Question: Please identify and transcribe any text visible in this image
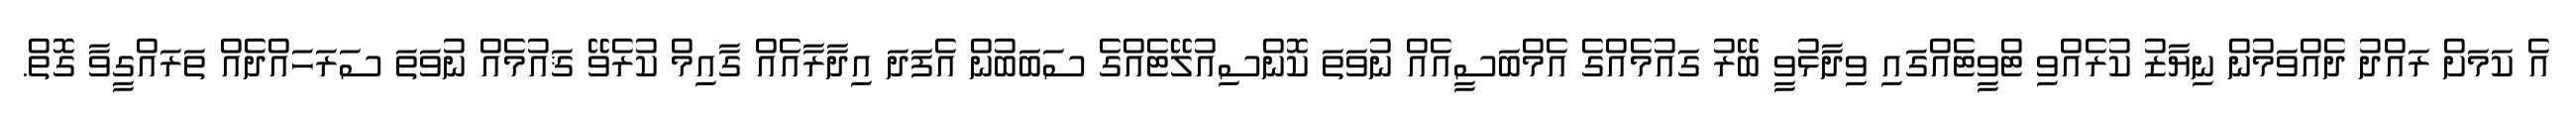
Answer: އެ ކަމަށް ރައްދު ދެއްވަމުން ނިޔާޒު ކުރެއްވި ޓްވީޓެއްގައި ވިދާޅުވީ ބޭރު ގައުމެއްގެ އެމްބަސީއެއް ނުވަތަ ކޮންސިއުލޭޓެއްގެ ސަބަބުން އެފަދަ އިދާރާއެއް ގާއިމް ކުރެވޭ ޤައުމެއް ނުވަތަ ސަރަހައްދެއް ތަރައްގީވާ ގޮތް.